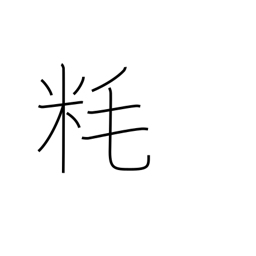
Meaning: millimeter